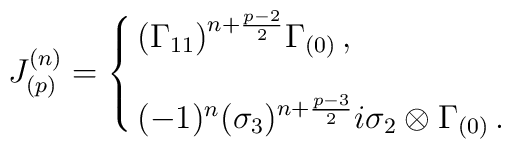
J^{(n)}_{(p)}=\cases{\big(\Gamma_{11}\big)^{n+{p-2\over2}}\Gamma_{(0)}\, ,\cr\cr(-1)^n(\sigma_3)^{n+{p-3\over 2}} i\sigma_2\otimes \Gamma_{(0)}\, .}